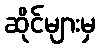
ဆိုင်များမှ